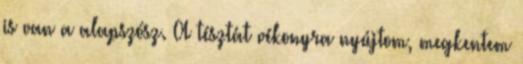
is van a alapszósz. A tésztát vékonyra nyújtom, megkentem